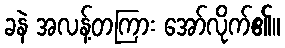
ခနဲ အလန့်တကြား အော်လိုက်၏။